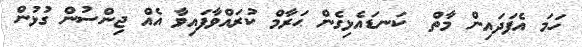
ހަމަ އެފަދައިން މާތް  ކަނޑައެޅިގެން ޙަރާމް ކުރައްވާފައިވާ އެއް ޖިންސުން ގުޅުން